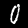
Label: 0